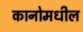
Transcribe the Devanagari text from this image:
कानोमधील